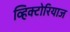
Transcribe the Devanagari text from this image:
व्हिक्टोरियाज